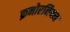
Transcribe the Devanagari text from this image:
क्रनोरनियन